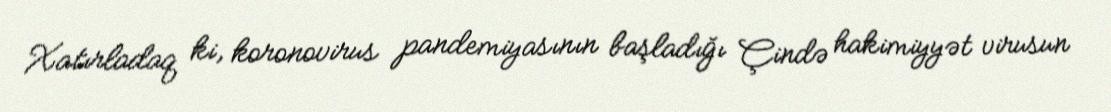
Xatırladaq ki, koronovirus pandemiyasının başladığı Çində hakimiyyət virusun